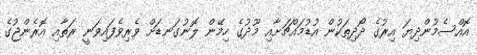
އޮއްސެމުންދިޔަ އިރުގެ ދޯދިތަކުން އުޑުމައްޗަށާއި މޫދުގެ ހިމޭން ލޮނުގަނޑަށް ވެރިވެފައިވަނީ ރަތާއި އޮރެންޖުގެ